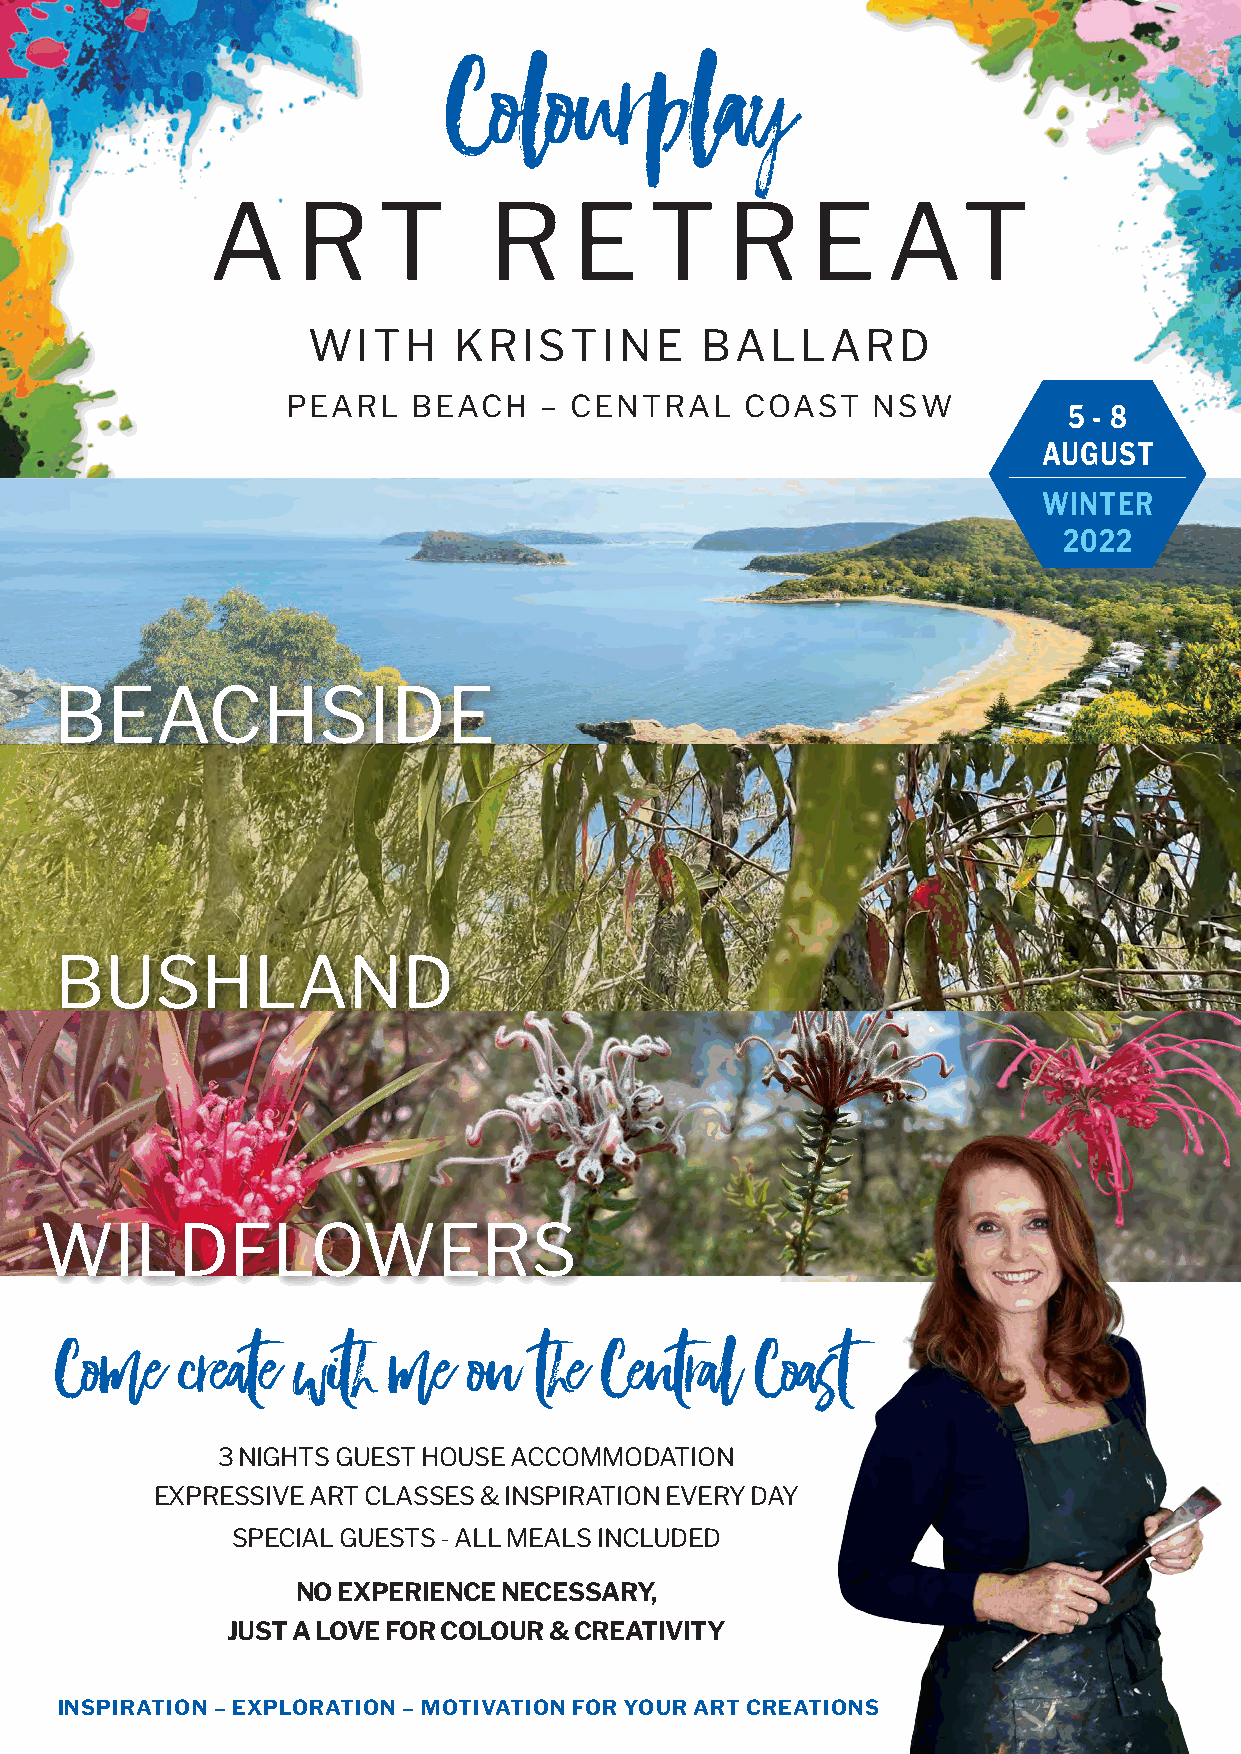
Colourplay
 A     R    T      R     E    T    R     E    AT
 WITH      KRISTINE        BALLARD
 PEARL   BEACH    – CENTRAL    COAST    NSW
 5 - 8
 AUGUST
 WINTER
 2022
 BEACHSIDE
 BUSHLAND
 WILDFLOWERS
 Come    create with   me   on  the  Central   Coast
 3 NIGHTS GUEST HOUSE ACCOMMODATION
 EXPRESSIVE ART CLASSES & INSPIRATION EVERY DAY
 SPECIAL GUESTS - ALL MEALS INCLUDED
 NO EXPERIENCE NECESSARY,
 JUST A LOVE FOR COLOUR & CREATIVITY
 INSPIRATION – EXPLORATION – MOTIVATION FOR YOUR ART CREATIONS